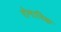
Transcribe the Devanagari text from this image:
रोमारिक